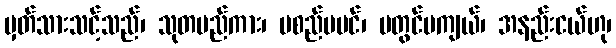
မှတ်သားသင့်သည်၊ သုတမည်ကား၊ မစည်မပင်၊ မတွင်မကျယ်၊ အနည်းငယ်ဟု၊